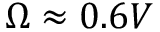
\Omega \approx 0 . 6 V